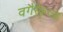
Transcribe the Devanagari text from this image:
वगैरेंकरता